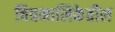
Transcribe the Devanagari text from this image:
चित्रमालिकेतील